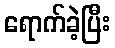
ရောက်ခဲ့ပြီး